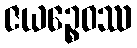
ဇယဉ္စေဝဿ